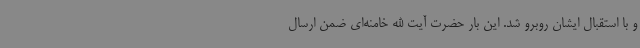
و با استقبال ایشان روبرو شد. این بار حضرت آیت الله خامنه‌ای ضمن ارسال